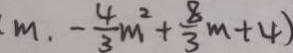
m \cdot - \frac { 4 } { 3 } m ^ { 2 } + \frac { 8 } { 3 } m + 4 )